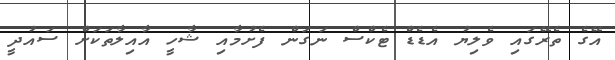
އޭގެ ތެރޭގައި ވެލިޔު އެޑެޑް ޓެކްސް ނަގަން ފެށުމާއި ޝާހީ އާއިލާތަކަށް ސައުދީ